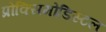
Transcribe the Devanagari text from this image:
प्रोक्सिमोडिस्टल